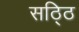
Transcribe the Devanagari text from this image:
सठ्ठि